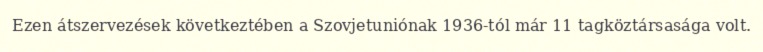
Ezen átszervezések következtében a Szovjetuniónak 1936-tól már 11 tagköztársasága volt.